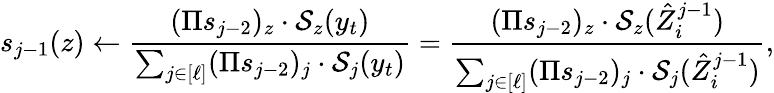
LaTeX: s_{j-1}(z)\gets\frac{(\Pi s_{j-2})_{z}\cdot\mathcal{S}_{z}(y_{t})}{\sum_{j\in[\ell]}(\Pi s_{j-2})_{j}\cdot\mathcal{S}_{j}(y_{t})}=\frac{(\Pi s_{j-2})_{z}\cdot\mathcal{S}_{z}(\hat{Z}_{i}^{j-1})}{\sum_{j\in[\ell]}(\Pi s_{j-2})_{j}\cdot\mathcal{S}_{j}(\hat{Z}_{i}^{j-1})},